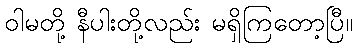
ဝါမတို့ နီပါးတို့လည်း မရှိကြတော့ပြီ။